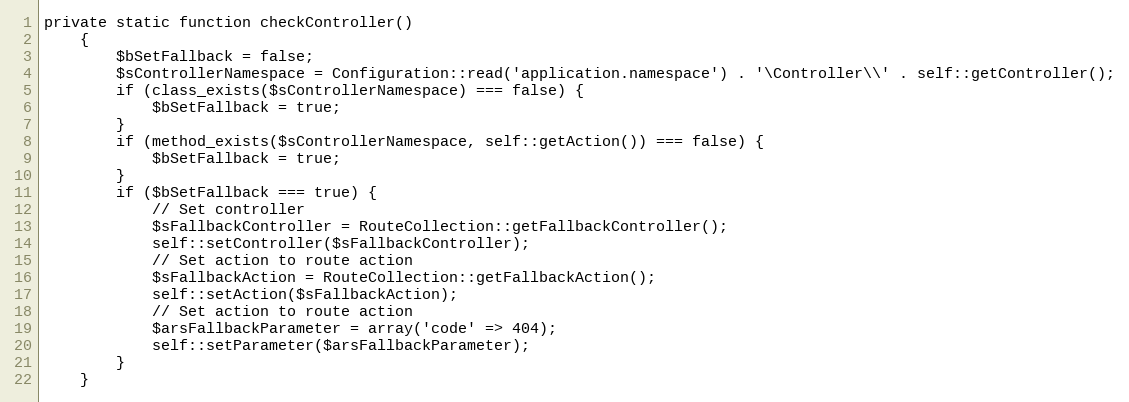
Language: PHP
private static function checkController()
    {
        $bSetFallback = false;
        $sControllerNamespace = Configuration::read('application.namespace') . '\Controller\\' . self::getController();
        if (class_exists($sControllerNamespace) === false) {
            $bSetFallback = true;
        }
        if (method_exists($sControllerNamespace, self::getAction()) === false) {
            $bSetFallback = true;
        }
        if ($bSetFallback === true) {
            // Set controller
            $sFallbackController = RouteCollection::getFallbackController();
            self::setController($sFallbackController);
            // Set action to route action
            $sFallbackAction = RouteCollection::getFallbackAction();
            self::setAction($sFallbackAction);
            // Set action to route action
            $arsFallbackParameter = array('code' => 404);
            self::setParameter($arsFallbackParameter);
        }
    }